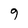
Character: 9